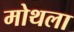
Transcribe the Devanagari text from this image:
मोथला